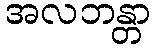
အလဘန္တာ